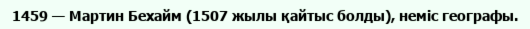
1459 — Мартин Бехайм (1507 жылы қайтыс болды), неміс географы.